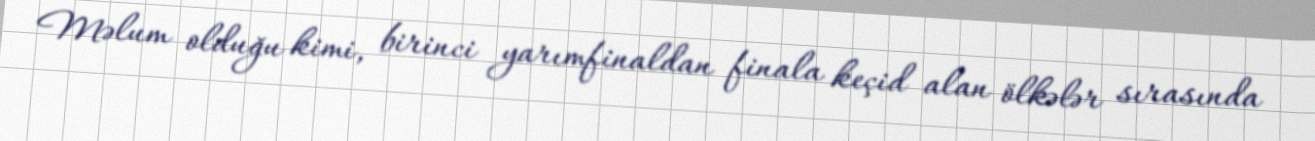
Məlum olduğu kimi, birinci yarımfinaldan finala keçid alan ölkələr sırasında